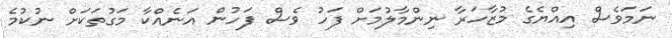
ނަމަވެސް އިއްޔެގެ މުޒާހަރާ ނިންމާލުމަށް ފަހު ވެސް ފަހުން އަނެއްކާ މަގުތަކަށް ނުކުމެ